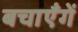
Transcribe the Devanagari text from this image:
बचाएँगें